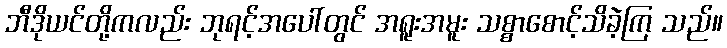
ဘီဒိုယင်တို့ကလည်း ဘုရင့်အပေါ်တွင် အရူးအမူး သစ္စာစောင့်သိခဲ့ကြ သည်။